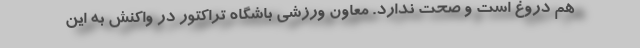
هم دروغ است و صحت ندارد. معاون ورزشی باشگاه تراکتور در واکنش به این